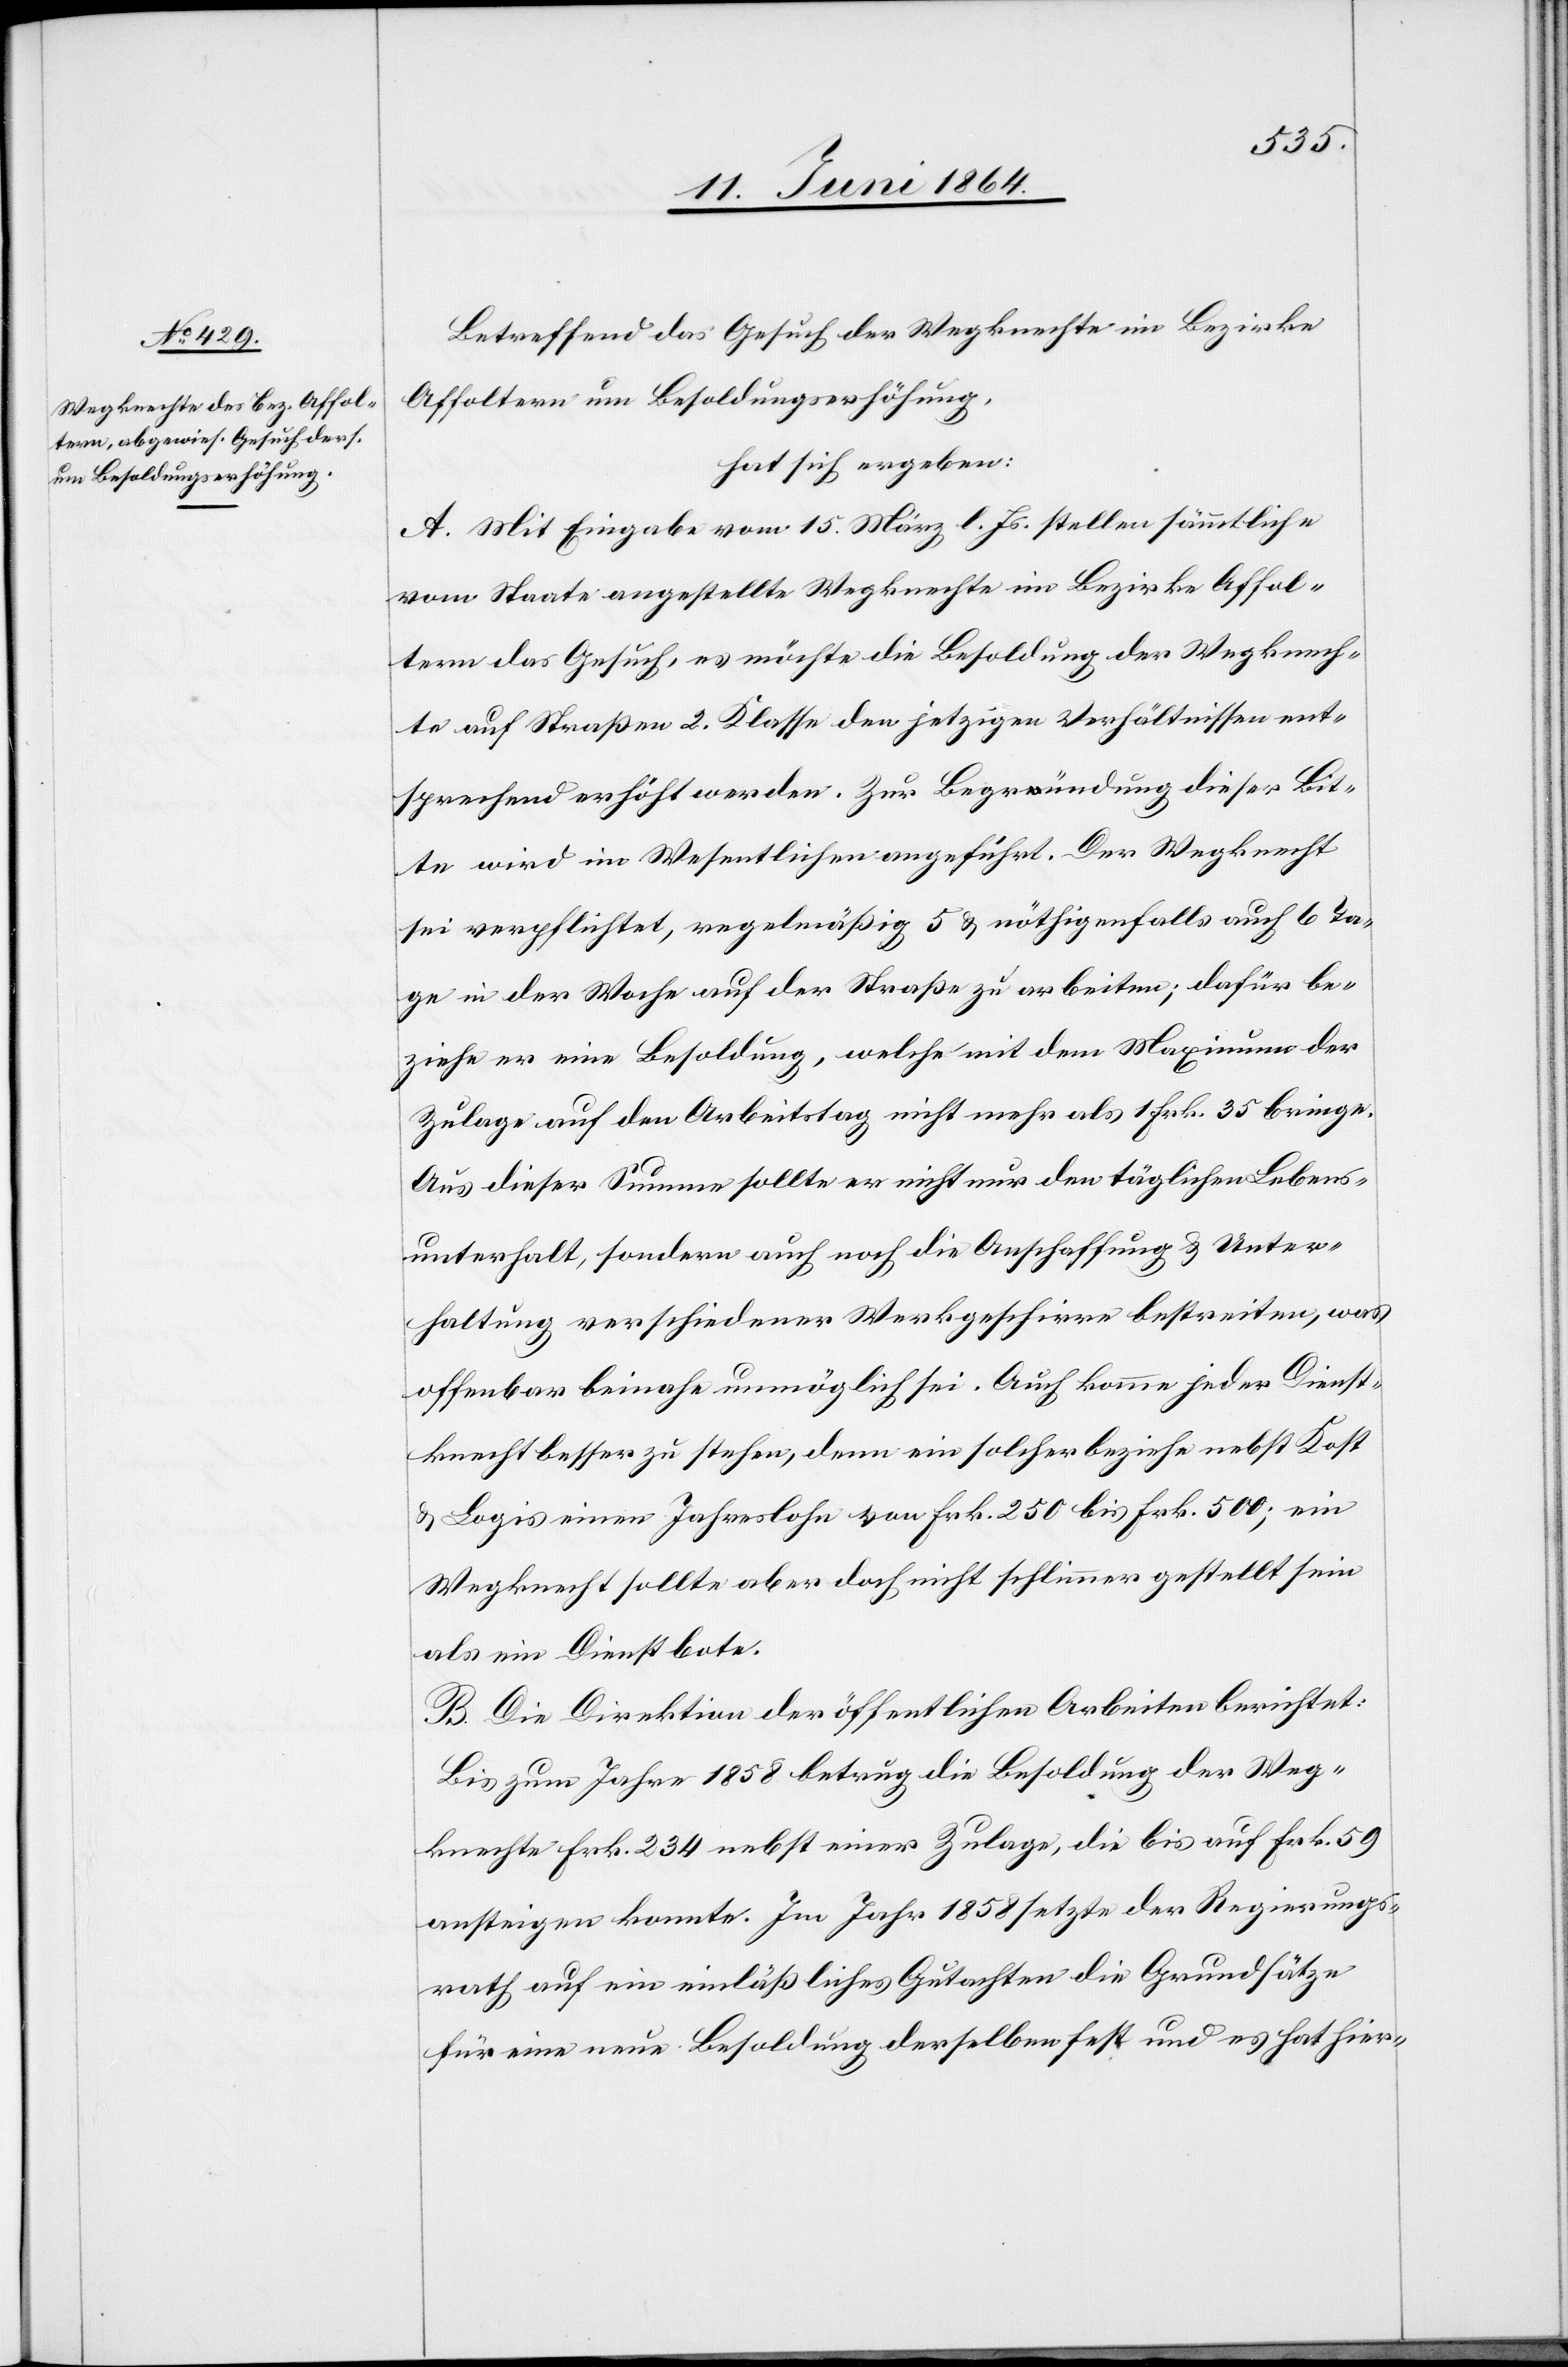
Betreffend das Gesuch der Wegknechte im Bezirks
Affoltern um Besoldungserhöhung,
hat sich ergeben:
A. Mit Eingabe vom 15. März l. Js. stellen sämmtliche
vom Staate angestellte Wegknechte im Bezirke Affol¬
tern das Gesuch, es möchte die Besoldung der Wegknech¬
te auf Straßen 2. Klasse den jetzigen Verhältnissen ent¬
sprechend erhöht werden. Zur Begründung dieser Bit¬
te wird im Wesentlichen angeführt. Der Wegknecht
sei verpflichtet, regelmäßig 5 u. nöthigenfalls auch 6 Ta¬
ge in der Woche auf der Straße zu arbeiten; dafür be¬
ziehe er eine Besoldung, welche mit dem Maximum der
Zulage auf den Arbeitstag nicht mehr als 1 Frk. 35 bringe.
Aus dieser Summe sollte er nicht nur den täglichen Lebens¬
unterhalt, sondern auch noch die Anschaffung u. Unter¬
haltung verschiedener Werkgeschirre bestreiten, was
offenbar beinahe unmöglich sei. Auch komme jeder Dienst¬
knecht besser zu stehen, denn ein solcher bezieh nebst Kost
u. Logis einen Jahreslohn von Frk. 250 bis Frk. 500; ein
Wegknecht sollte aber doch nicht schlimmer gestellt sein
als ein Dienstbote.
B. Die Direktion der öffentlichen Arbeiten berichtet:
Bis zum Jahr 1858 betrug die Besoldung der Weg¬
knechte Frk. 234 nebst einer Zulage, die bis auf Frk. 50
ansteigen konnte. Im Jahr 1858 setzte der Regierungs¬
rath auf ein einläßliches Gutachten die Grundsätze
für eine neue Besoldung derselben fest und es hat hier-